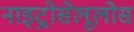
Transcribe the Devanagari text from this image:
नाइट्रोसेलूलोस